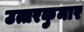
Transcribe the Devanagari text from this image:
उत्तरकुमार